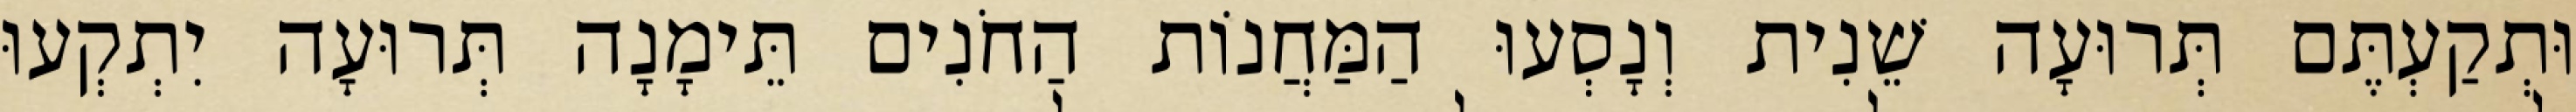
וּתְקַעְתֶּם תְּרוּעָה שֵׁנִית וְנָסְעוּ הַמַּחֲנוֹת הַחֹנִים תֵּימָנָה תְּרוּעָה יִתְקְעוּ